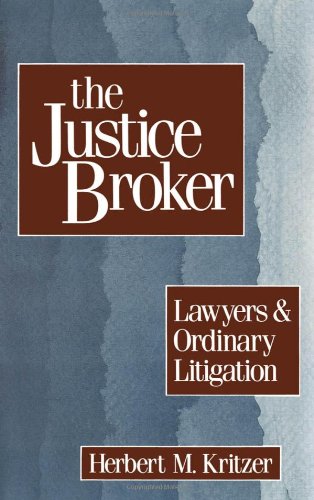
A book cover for The Justice Broker: Lawyers and Ordinary Litigation; Herbert M. Kritzer; Law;